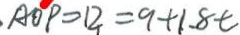
. A O P = 1 2 = 9 + 1 . 8 t